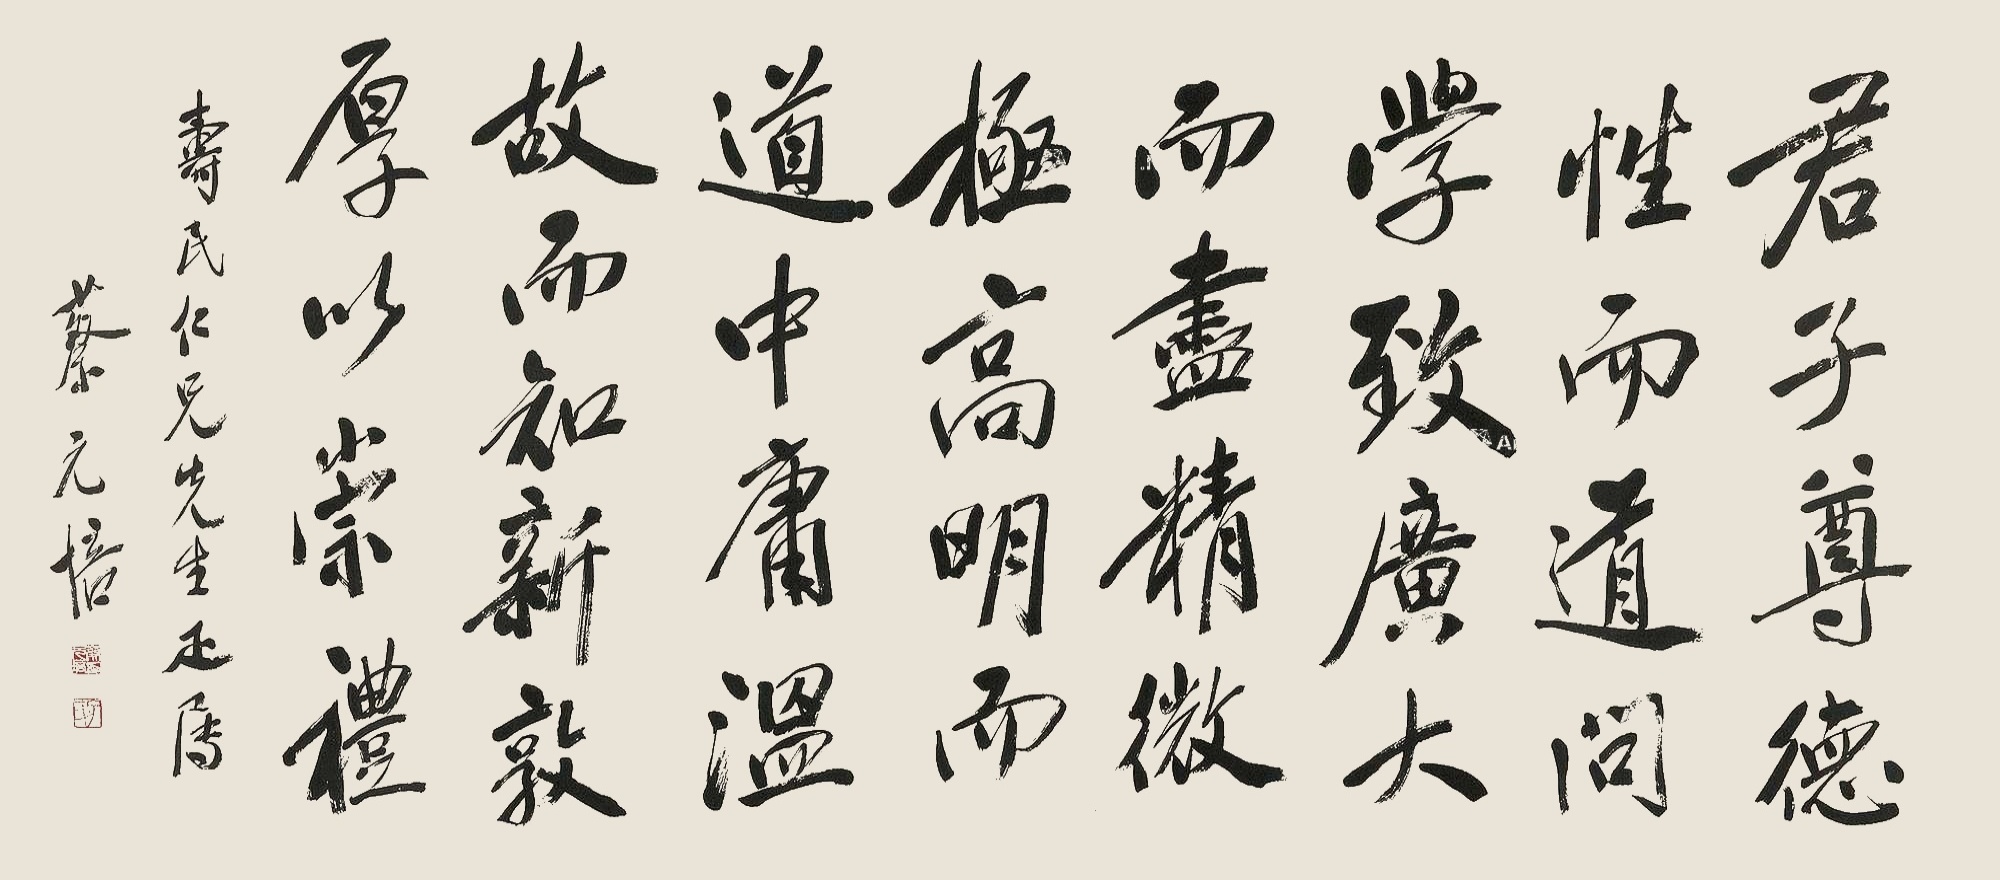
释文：君子尊德性，而道问学，致广大，而尽精微，极高明，而道中庸。温故而知新，敦厚以崇礼。寿民仁兄先生疋属，蔡元培。